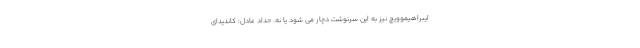
ایبراهیموویچ نیز به این سرنوشت دچار می شود یا نه. حداد عادل: کاندیدای